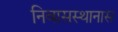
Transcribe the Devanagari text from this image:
निवासस्थानास